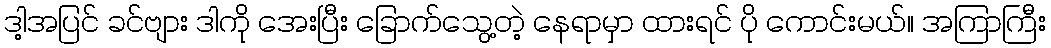
ဒါ့အပြင် ခင်ဗျား ဒါကို အေးပြီး ခြောက်သွေ့တဲ့ နေရာမှာ ထားရင် ပို ကောင်းမယ်။ အကြာကြီး